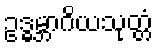
ဥဒ္ဓမ္ဘာဂိယသုတ္တံ